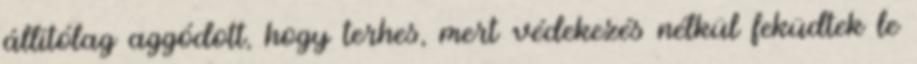
állítólag aggódott, hogy terhes, mert védekezés nélkül feküdtek le